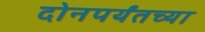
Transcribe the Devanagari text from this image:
दोनपर्यंतच्या